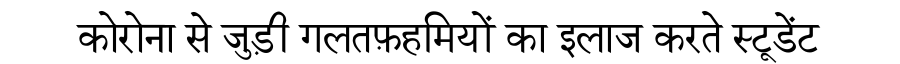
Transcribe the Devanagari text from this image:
कोरोना से जुड़ी गलतफ़हमियों का इलाज करते स्टूडेंट